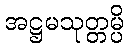
အဋ္ဌမသုတ္တမ္ပိ